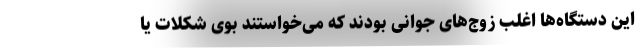
این دستگاه‌ها اغلب زوج‌های جوانی بودند که می‌خواستند بوی شکلات یا